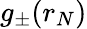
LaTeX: g_{\pm}(r_{N})